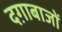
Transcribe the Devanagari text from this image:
दग़ाबाजों